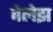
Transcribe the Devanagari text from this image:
वेलेझ